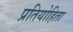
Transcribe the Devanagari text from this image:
प्रतियोहिता